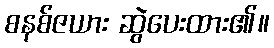
စနစ်ဇယား ဆွဲပေးထား၏။